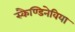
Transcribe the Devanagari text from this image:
स्कैण्डिनेविया